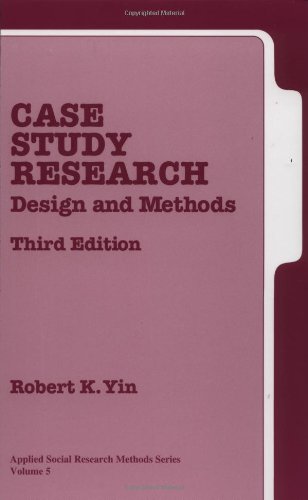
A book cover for Case Study Research: Design and Methods, 3rd Edition (Applied Social Research Methods, Vol. 5); Robert K. Yin; Medical Books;